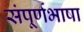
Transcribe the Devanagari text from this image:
संपूर्णभाषा